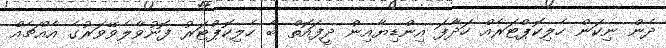
ދެން ނިކަން ހެލިކޮޕްޓަރެއް ހަދާފަ އިންޑިޔާއިން ދީފައޮތް ބާ ހެލިކޮޕްޓަރު ފޮނުވާލެވޭވަރުގެ އެއްޗެއް